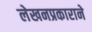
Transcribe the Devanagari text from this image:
लेखनप्रकाराने